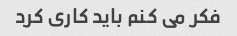
فکر می کنم باید کاری کرد